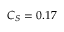
C _ { S } = 0 . 1 7